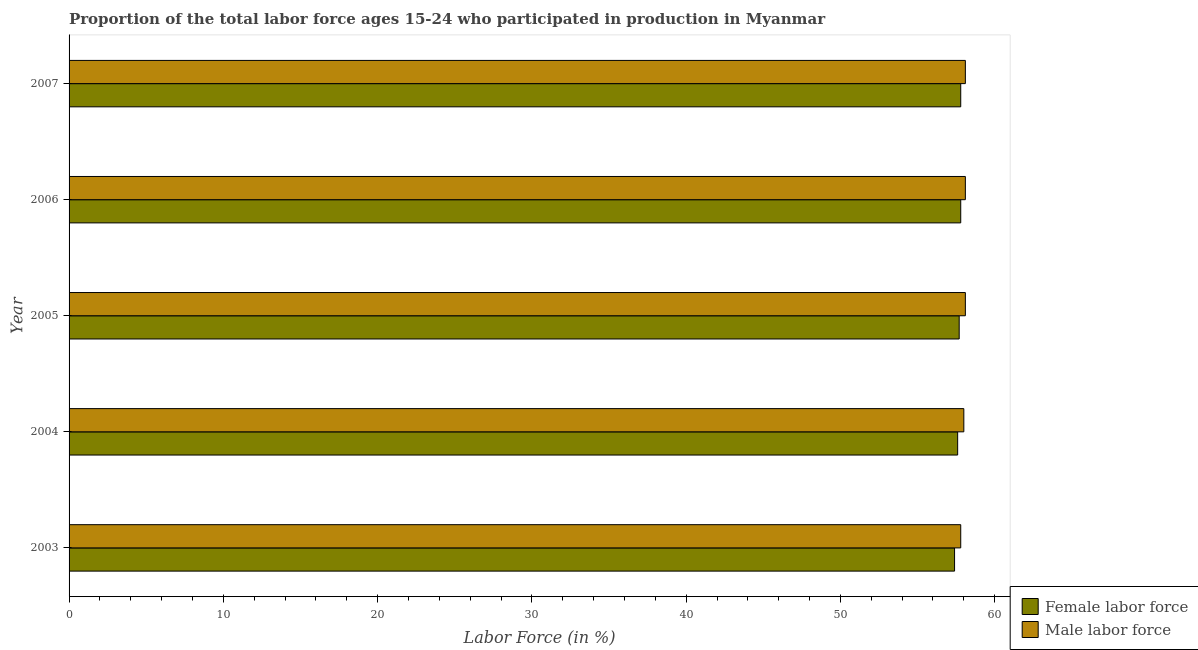
| Year | Female labor force | Male labor force |
 | --- | --- | --- |
 | 2003 | 57.4 | 57.8 |
 | 2004 | 57.6 | 58 |
 | 2005 | 57.7 | 58.1 |
 | 2006 | 57.8 | 58.1 |
 | 2007 | 57.8 | 58.1 |